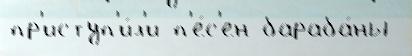
пр'иступ'и́л'и п'е́с'ен бараба́ны